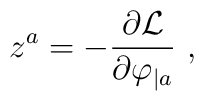
z^a=- {\partial {\cal L}\over\partial \varphi_{|a} }\ ,